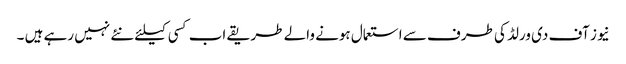
نیوز آف دی ورلڈ کی طرف سے استعمال ہونے والے طریقے اب کسی کیلئے نئے نہیں رہے ہیں ۔